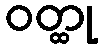
ဝတ္ထု